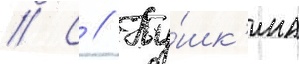
// С // Пу́шк'ина